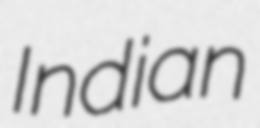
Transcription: Indian